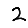
Digit: 2